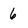
Character: 6